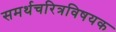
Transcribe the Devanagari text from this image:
समर्थचरित्रविषयक